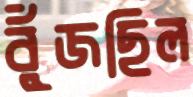
বুঁজছিল